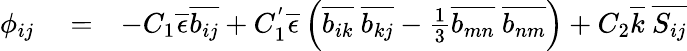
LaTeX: \begin{array}{rlr}{\phi_{ij}}&{{}=}&{-C_{1}\overline{{\epsilon}}\overline{{b_{ij}}}+C_{1}^{'}\overline{{\epsilon}}\left(\overline{{b_{ik}}}\ \overline{{b_{kj}}}-\frac{1}{3}\overline{{b_{mn}}}\ \overline{{b_{nm}}}\right)+C_{2}\overline{{k}}\ \overline{{S_{ij}}}}\end{array}